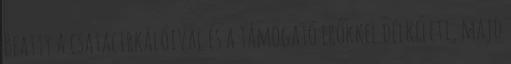
Beatty a csatacirkálóival és a támogató erőkkel délkeleti, majd